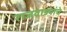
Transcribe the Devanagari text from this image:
राजवाड्यांचे